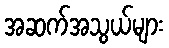
အဆက်အသွယ်များ